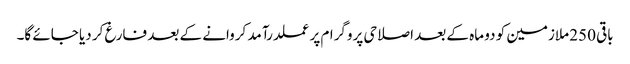
باقی 250 ملازمین کو دو ماہ کے بعد اصلاحی پروگرام پرعملدرآمد کروانے کے بعد فارغ کر دیا جائے گا۔